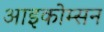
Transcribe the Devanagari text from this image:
आइकोम्सन